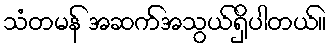
သံတမန် အဆက်အသွယ်ရှိပါတယ်။